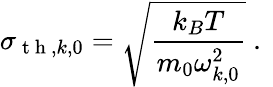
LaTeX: \sigma_{\mathrm{~t~h~},k,0}=\sqrt{\frac{k_{B}T}{m_{0}\omega_{k,0}^{2}}}\mathrm{~.~}